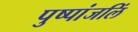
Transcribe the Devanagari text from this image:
पुष्पांजलिं